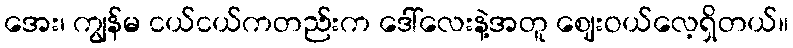
အေး၊ ကျွန်မ ငယ်ငယ်ကတည်းက ဒေါ်လေးနဲ့အတူ ဈေးဝယ်လေ့ရှိတယ်။